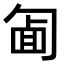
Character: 𠣱